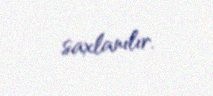
saxlanılır.